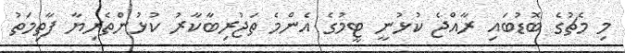
މި މެޗުގެ ބޮޑުބައި ރާއްޖެ ކުޅުނީ ޓީމުގެ އެންމެ ތަޖުރިބާކާރު ކުޅުންތެރިޔާ ފާތިމަތު